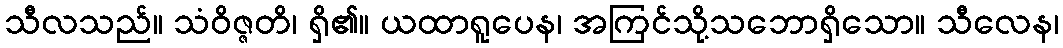
သီလသည်။ သံဝိဇ္ဇတိ၊ ရှိ၏။ ယထာရူပေန၊ အကြင်သို့သဘောရှိသော။ သီလေန၊